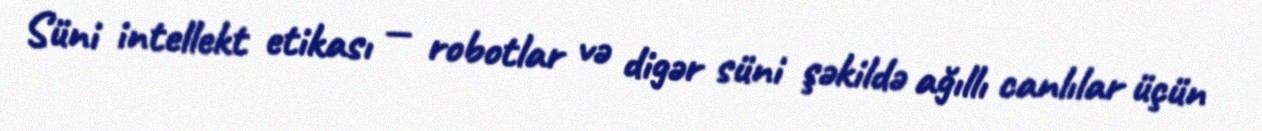
Süni intellekt etikası — robotlar və digər süni şəkildə ağıllı canlılar üçün